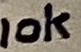
Text: 10K